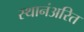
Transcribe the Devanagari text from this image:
स्थानंअरित